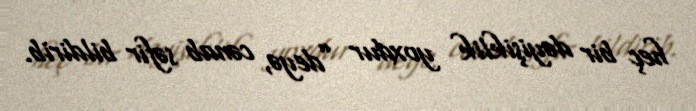
heç bir dəyişiklik yoxdur ”deyə, cənab səfir bildirib.